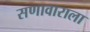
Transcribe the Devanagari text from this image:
सणावाराला